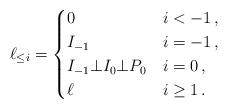
LaTeX: \begin{align*} \ell_{\le i}=\begin{cases} 0 & i<-1\,,\\ I_{-1} & i=-1\,,\\ I_{-1}\bot I_0\bot P_0 & i=0\,,\\ \ell& i\ge 1\,.\\ \end{cases} \end{align*}